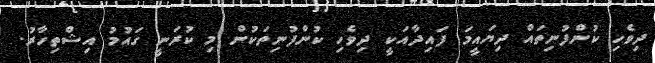
ދިވެހި ކުންފުނިތައް ދިޔައީމަ ފައިދާއަކީ ދިވެހި ކުންފުނިތަކުން މި ކުރަނީ ގައުމު އިޝްތިހާރު.